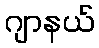
ဂျာနယ်